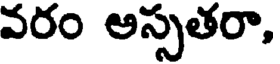
వరం అస్సతరా,